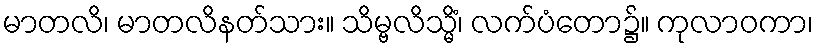
မာတလိ၊ မာတလိနတ်သား။ သိမ္ဗလိသ္မိံ၊ လက်ပံတော၌။ ကုလာဝကာ၊